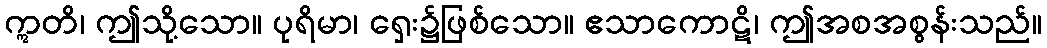
ဣတိ၊ ဤသို့သော။ ပုရိမာ၊ ရှေး၌ဖြစ်သော။ ဧသာကောဋိ၊ ဤအစအစွန်းသည်။